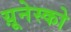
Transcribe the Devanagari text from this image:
य़ूनेस्को